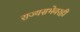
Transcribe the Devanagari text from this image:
राज्यसभेवरही